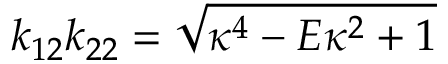
k _ { 1 2 } k _ { 2 2 } = \sqrt { \kappa ^ { 4 } - E \kappa ^ { 2 } + 1 }